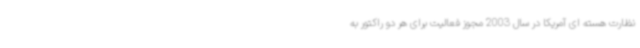
نظارت هسته ای آمریکا در سال 2003 مجوز فعالیت برای هر دو راکتور به